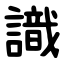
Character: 識